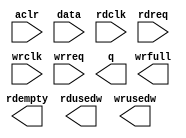
// megafunction wizard: %FIFO%VBB%
// GENERATION: STANDARD
// VERSION: WM1.0
// MODULE: dcfifo_mixed_widths 

// ============================================================
// Megafunction Name(s):
// 			dcfifo_mixed_widths
//
// Simulation Library Files(s):
// 			altera_mf
// ============================================================
// ************************************************************
// THIS IS A WIZARD-GENERATED FILE. DO NOT EDIT THIS FILE!
//
// 9.0 Build 132 02/25/2009 SJ Full Version
// ************************************************************

//Copyright (C) 1991-2009 Altera Corporation
//Your use of Altera Corporation's design tools, logic functions 
//and other software and tools, and its AMPP partner logic 
//functions, and any output files from any of the foregoing 
//(including device programming or simulation files), and any 
//associated documentation or information are expressly subject 
//to the terms and conditions of the Altera Program License 
//Subscription Agreement, Altera MegaCore Function License 
//Agreement, or other applicable license agreement, including, 
//without limitation, that your use is for the sole purpose of 
//programming logic devices manufactured by Altera and sold by 
//Altera or its authorized distributors.  Please refer to the 
//applicable agreement for further details.

module FIFO_TEST_1to8 (
	aclr,
	data,
	rdclk,
	rdreq,
	wrclk,
	wrreq,
	q,
	rdempty,
	rdusedw,
	wrfull,
	wrusedw);

	input	  aclr;
	input	[0:0]  data;
	input	  rdclk;
	input	  rdreq;
	input	  wrclk;
	input	  wrreq;
	output	[7:0]  q;
	output	  rdempty;
	output	[11:0]  rdusedw;
	output	  wrfull;
	output	[14:0]  wrusedw;
`ifndef ALTERA_RESERVED_QIS
// synopsys translate_off
`endif
	tri0	  aclr;
`ifndef ALTERA_RESERVED_QIS
// synopsys translate_on
`endif

endmodule

// ============================================================
// CNX file retrieval info
// ============================================================
// Retrieval info: PRIVATE: AlmostEmpty NUMERIC "0"
// Retrieval info: PRIVATE: AlmostEmptyThr NUMERIC "-1"
// Retrieval info: PRIVATE: AlmostFull NUMERIC "0"
// Retrieval info: PRIVATE: AlmostFullThr NUMERIC "-1"
// Retrieval info: PRIVATE: CLOCKS_ARE_SYNCHRONIZED NUMERIC "0"
// Retrieval info: PRIVATE: Clock NUMERIC "4"
// Retrieval info: PRIVATE: Depth NUMERIC "16384"
// Retrieval info: PRIVATE: Empty NUMERIC "1"
// Retrieval info: PRIVATE: Full NUMERIC "1"
// Retrieval info: PRIVATE: INTENDED_DEVICE_FAMILY STRING "Stratix II"
// Retrieval info: PRIVATE: LE_BasedFIFO NUMERIC "0"
// Retrieval info: PRIVATE: LegacyRREQ NUMERIC "0"
// Retrieval info: PRIVATE: MAX_DEPTH_BY_9 NUMERIC "0"
// Retrieval info: PRIVATE: OVERFLOW_CHECKING NUMERIC "0"
// Retrieval info: PRIVATE: Optimize NUMERIC "0"
// Retrieval info: PRIVATE: RAM_BLOCK_TYPE NUMERIC "2"
// Retrieval info: PRIVATE: SYNTH_WRAPPER_GEN_POSTFIX STRING "0"
// Retrieval info: PRIVATE: UNDERFLOW_CHECKING NUMERIC "0"
// Retrieval info: PRIVATE: UsedW NUMERIC "1"
// Retrieval info: PRIVATE: Width NUMERIC "1"
// Retrieval info: PRIVATE: dc_aclr NUMERIC "1"
// Retrieval info: PRIVATE: diff_widths NUMERIC "1"
// Retrieval info: PRIVATE: msb_usedw NUMERIC "1"
// Retrieval info: PRIVATE: output_width NUMERIC "8"
// Retrieval info: PRIVATE: rsEmpty NUMERIC "1"
// Retrieval info: PRIVATE: rsFull NUMERIC "0"
// Retrieval info: PRIVATE: rsUsedW NUMERIC "1"
// Retrieval info: PRIVATE: sc_aclr NUMERIC "0"
// Retrieval info: PRIVATE: sc_sclr NUMERIC "0"
// Retrieval info: PRIVATE: wsEmpty NUMERIC "0"
// Retrieval info: PRIVATE: wsFull NUMERIC "1"
// Retrieval info: PRIVATE: wsUsedW NUMERIC "1"
// Retrieval info: CONSTANT: ADD_USEDW_MSB_BIT STRING "ON"
// Retrieval info: CONSTANT: INTENDED_DEVICE_FAMILY STRING "Stratix II"
// Retrieval info: CONSTANT: LPM_HINT STRING "RAM_BLOCK_TYPE=M4K"
// Retrieval info: CONSTANT: LPM_NUMWORDS NUMERIC "16384"
// Retrieval info: CONSTANT: LPM_SHOWAHEAD STRING "ON"
// Retrieval info: CONSTANT: LPM_TYPE STRING "dcfifo"
// Retrieval info: CONSTANT: LPM_WIDTH NUMERIC "1"
// Retrieval info: CONSTANT: LPM_WIDTHU NUMERIC "15"
// Retrieval info: CONSTANT: LPM_WIDTHU_R NUMERIC "12"
// Retrieval info: CONSTANT: LPM_WIDTH_R NUMERIC "8"
// Retrieval info: CONSTANT: OVERFLOW_CHECKING STRING "ON"
// Retrieval info: CONSTANT: RDSYNC_DELAYPIPE NUMERIC "4"
// Retrieval info: CONSTANT: UNDERFLOW_CHECKING STRING "ON"
// Retrieval info: CONSTANT: USE_EAB STRING "ON"
// Retrieval info: CONSTANT: WRITE_ACLR_SYNCH STRING "OFF"
// Retrieval info: CONSTANT: WRSYNC_DELAYPIPE NUMERIC "4"
// Retrieval info: USED_PORT: aclr 0 0 0 0 INPUT GND aclr
// Retrieval info: USED_PORT: data 0 0 1 0 INPUT NODEFVAL data[0..0]
// Retrieval info: USED_PORT: q 0 0 8 0 OUTPUT NODEFVAL q[7..0]
// Retrieval info: USED_PORT: rdclk 0 0 0 0 INPUT NODEFVAL rdclk
// Retrieval info: USED_PORT: rdempty 0 0 0 0 OUTPUT NODEFVAL rdempty
// Retrieval info: USED_PORT: rdreq 0 0 0 0 INPUT NODEFVAL rdreq
// Retrieval info: USED_PORT: rdusedw 0 0 12 0 OUTPUT NODEFVAL rdusedw[11..0]
// Retrieval info: USED_PORT: wrclk 0 0 0 0 INPUT NODEFVAL wrclk
// Retrieval info: USED_PORT: wrfull 0 0 0 0 OUTPUT NODEFVAL wrfull
// Retrieval info: USED_PORT: wrreq 0 0 0 0 INPUT NODEFVAL wrreq
// Retrieval info: USED_PORT: wrusedw 0 0 15 0 OUTPUT NODEFVAL wrusedw[14..0]
// Retrieval info: CONNECT: @data 0 0 1 0 data 0 0 1 0
// Retrieval info: CONNECT: q 0 0 8 0 @q 0 0 8 0
// Retrieval info: CONNECT: @wrreq 0 0 0 0 wrreq 0 0 0 0
// Retrieval info: CONNECT: @rdreq 0 0 0 0 rdreq 0 0 0 0
// Retrieval info: CONNECT: @rdclk 0 0 0 0 rdclk 0 0 0 0
// Retrieval info: CONNECT: @wrclk 0 0 0 0 wrclk 0 0 0 0
// Retrieval info: CONNECT: rdempty 0 0 0 0 @rdempty 0 0 0 0
// Retrieval info: CONNECT: rdusedw 0 0 12 0 @rdusedw 0 0 12 0
// Retrieval info: CONNECT: wrfull 0 0 0 0 @wrfull 0 0 0 0
// Retrieval info: CONNECT: wrusedw 0 0 15 0 @wrusedw 0 0 15 0
// Retrieval info: CONNECT: @aclr 0 0 0 0 aclr 0 0 0 0
// Retrieval info: LIBRARY: altera_mf altera_mf.altera_mf_components.all
// Retrieval info: GEN_FILE: TYPE_NORMAL FIFO_TEST_1to8.v TRUE
// Retrieval info: GEN_FILE: TYPE_NORMAL FIFO_TEST_1to8.inc FALSE
// Retrieval info: GEN_FILE: TYPE_NORMAL FIFO_TEST_1to8.cmp FALSE
// Retrieval info: GEN_FILE: TYPE_NORMAL FIFO_TEST_1to8.bsf TRUE FALSE
// Retrieval info: GEN_FILE: TYPE_NORMAL FIFO_TEST_1to8_inst.v TRUE
// Retrieval info: GEN_FILE: TYPE_NORMAL FIFO_TEST_1to8_bb.v TRUE
// Retrieval info: GEN_FILE: TYPE_NORMAL FIFO_TEST_1to8_waveforms.html TRUE
// Retrieval info: GEN_FILE: TYPE_NORMAL FIFO_TEST_1to8_wave*.jpg FALSE
// Retrieval info: LIB_FILE: altera_mf